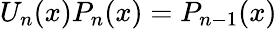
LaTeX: U_{n}(x)P_{n}(x)=P_{n-1}(x)